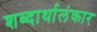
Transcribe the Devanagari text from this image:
शब्दार्थालंकार